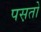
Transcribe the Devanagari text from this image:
पस़तो